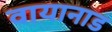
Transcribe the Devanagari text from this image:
वायानाड